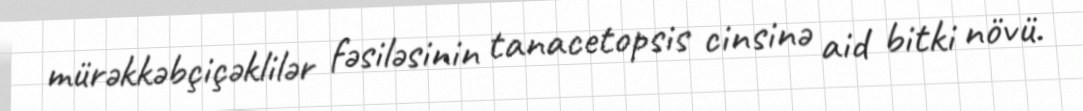
mürəkkəbçiçəklilər fəsiləsinin tanacetopsis cinsinə aid bitki növü.